Report of an investigation of the epidemic of malarial fever in Assam, or, kala-azar
Disease focus: Malaria
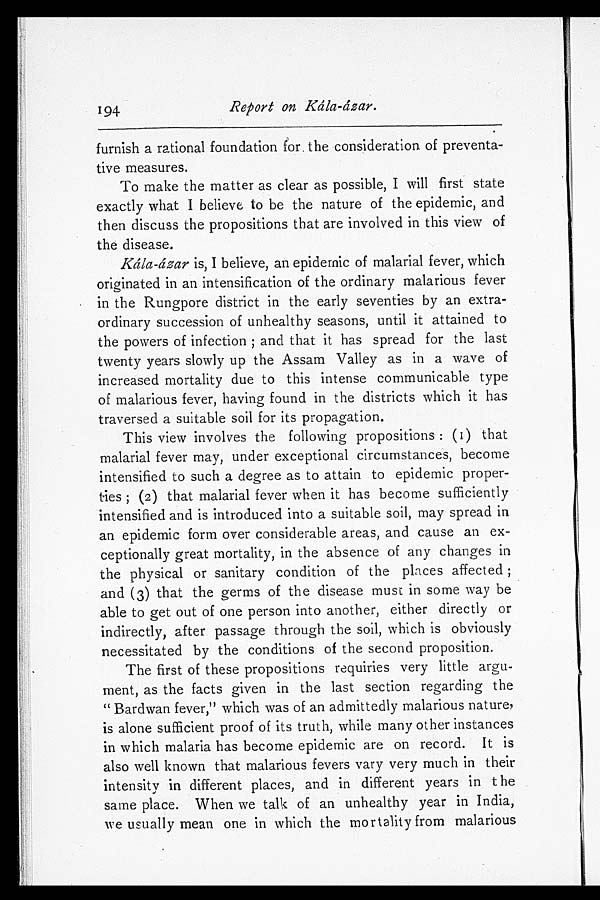
194 Report on Kála-ázar.
furnish a rational foundation for the consideration of preventa
-tive measures.
To make the matter as clear as possible, I will first state
exactly what I believe to be the nature of the epidemic, and
then discuss the propositions that are involved in this view of
the disease.
Kála-ázar is, I believe, an epidemic of malarial fever, which
originated in an intensification of the ordinary malarious fever
in the Rungpore district in the early seventies by an extra
-ordinary succession of unhealthy seasons, until it attained to
the powers of infection; and that it has spread for the last
twenty years slowly up the Assam Valley as in a wave of
increased mortality due to this intense communicable type
of malarious fever, having found in the districts which it has
traversed a suitable soil for its propagation.
This view involves the following propositions: (1) that
malarial fever may, under exceptional circumstances, become
intensified to such a degree as to attain to epidemic proper
-ties; (2) that malarial fever when it has become sufficiently
intensified and is introduced into a suitable soil, may spread in
an epidemic form over considerable areas, and cause an ex
-ceptionally great mortality, in the absence of any changes in
the physical or sanitary condition of the places affected;
and (3) that the germs of the disease must in some way be
able to get out of one person into another, either directly or
indirectly, after passage through the soil, which is obviously
necessitated by the conditions of the second proposition.
The first of these propositions requiries very little argu
-ment, as the facts given in the last section regarding the
"Bardwan fever," which was of an admittedly malarious nature,
is alone sufficient proof of its truth, while many other instances
in which malaria has become epidemic are on record. It is
also well known that malarious fevers vary very much in their
intensity in different places, and in different years in the
same place. When we talk of an unhealthy year in India,
we usually mean one in which the mortality from malarious